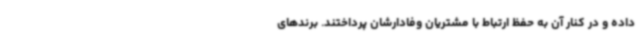
داده و در کنار آن به حفظ ارتباط با مشتریان وفادارشان پرداختند. برندهای